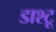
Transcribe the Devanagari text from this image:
डाश्टू